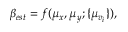
\beta _ { e s t } = f ( \mu _ { x } , \mu _ { y } ; \{ \mu _ { v _ { i } } \} ) ,